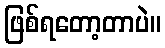
ဖြစ်ရတော့တာပဲ။